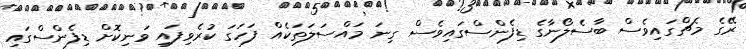
ރޭގެ މެޗްގައިވެސް ބާސެލޯނާގެ ޑިފެންސްގައިވެސް ގިނަ މައްސަލަތަކެއް ފަހަގަ ކުރެވިފައި ވަނިކޮށް ޑިފެންސްގައި